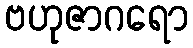
ဗဟုဇာဂရော